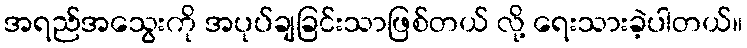
အရည်အသွေးကို အပုပ်ချခြင်းသာဖြစ်တယ် လို့ ရေးသားခဲ့ပါတယ်။